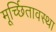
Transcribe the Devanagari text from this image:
मूर्च्छितावस्था